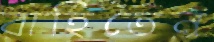
বাহিতেন